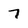
Character: 7